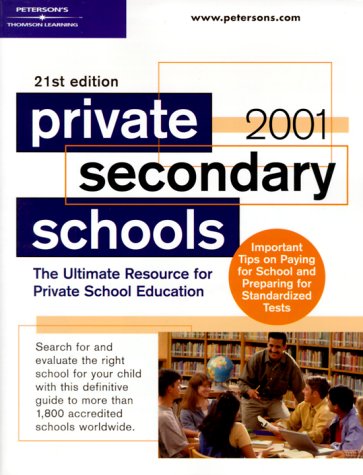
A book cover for Peterson's Private Secondary Schools 2000-2001 : The Smart Parents' Guide to Private Education (Peterson's Private Secondary Schools, 2000-2001); Peterson's; Test Preparation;